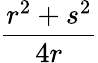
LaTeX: \frac{r^{2}+s^{2}}{4r}